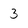
Character: 3